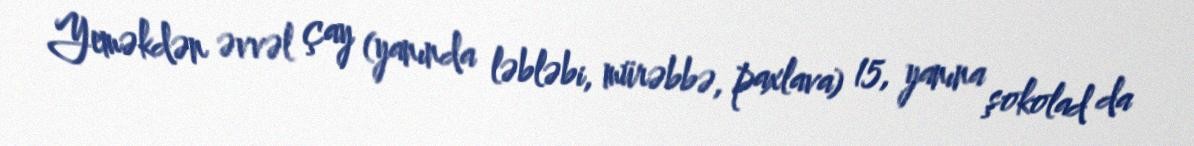
Yeməkdən əvvəl çay (yanında ləbləbi, mürəbbə, paxlava) 15, yanına şokolad da